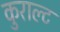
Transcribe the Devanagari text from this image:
कुराल्ट